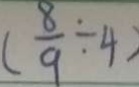
( \frac { 8 } { 9 } \div 4 )